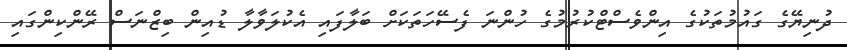
ދުނިޔޭގެ ގައުމުތަކުގެ އިންވެސްޓްކުރުމުގެ ހުންނަ ފެސޭހަތަކަށް ބަލާފައި އެކުލަވާލާ ޑުއިން ބިޒްނަސް ރޭންކިންގައި